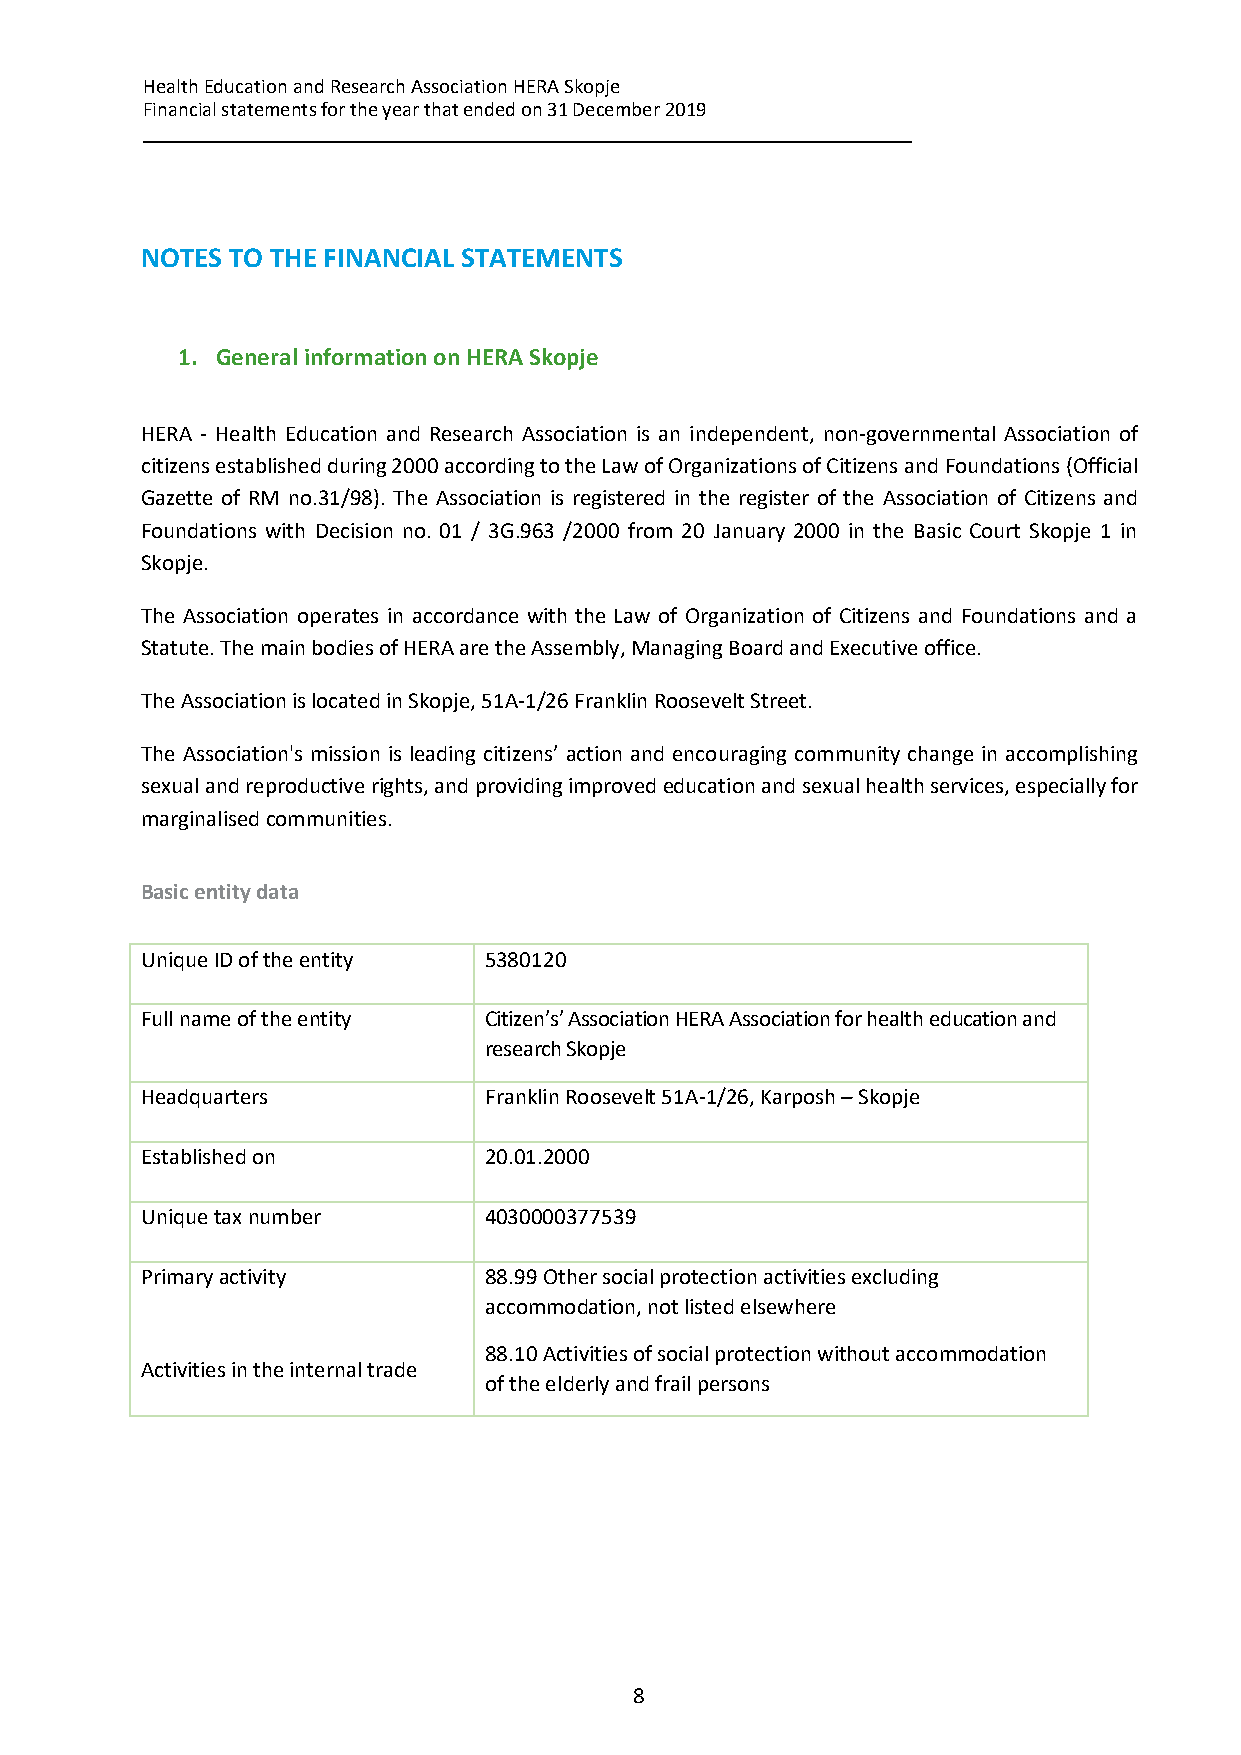
Health Education and Research Association HERA Skopje
 Financial statements for the year that ended on 31 December 2019
 __________________________________________________________________________
 NOTES TO THE FINANCIAL STATEMENTS
 1. General information on HERA Skopje
 HERA - Health Education and Research Association is an independent, non-governmental Association of
 citizens established during 2000 according to the Law of Organizations of Citizens and Foundations (Official
 Gazette of RM no.31/98). The Association is registered in the register of the Association of Citizens and
 Foundations with Decision no. 01 / 3G.963 /2000 from 20 January 2000 in the Basic Court Skopje 1 in
 Skopje.
 The Association operates in accordance with the Law of Organization of Citizens and Foundations and a
 Statute. The main bodies of HERA are the Assembly, Managing Board and Executive office.
 The Association is located in Skopje, 51A-1/26 Franklin Roosevelt Street.
 The Association's mission is leading citizens’ action and encouraging community change in accomplishing
 sexual and reproductive rights, and providing improved education and sexual health services, especially for
 marginalised communities.
 Basic entity data
 Unique ID of the entity 5380120
 Full name of the entity Citizen’s’ Association HERA Association for health education and
 research Skopje
 Headquarters           Franklin Roosevelt 51A-1/26, Karposh – Skopje
 Established on         20.01.2000
 Unique tax number      4030000377539
 Primary activity       88.99 Other social protection activities excluding
 accommodation, not listed elsewhere
 88.10 Activities of social protection without accommodation
 Activities in the internal trade
 of the elderly and frail persons
 8